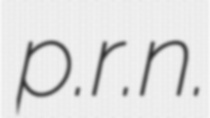
p.r.n.